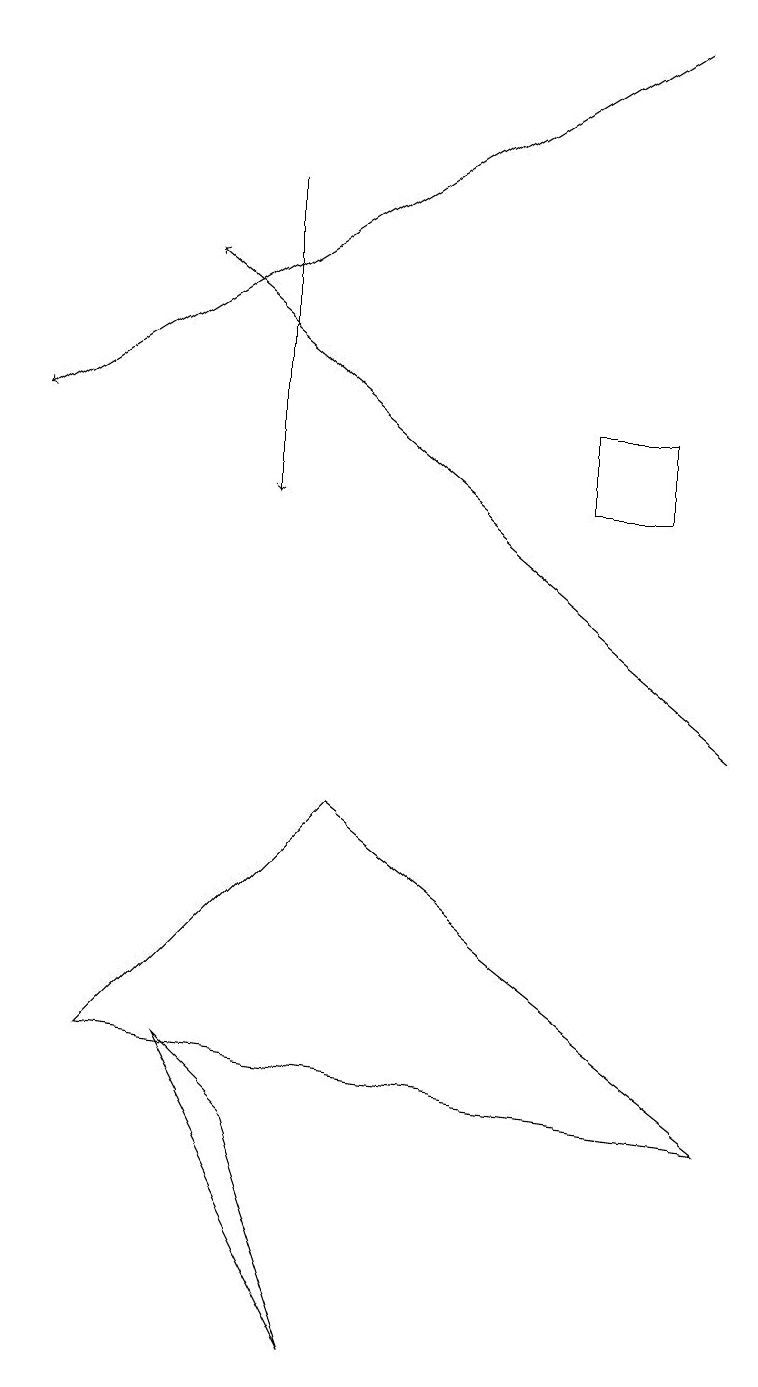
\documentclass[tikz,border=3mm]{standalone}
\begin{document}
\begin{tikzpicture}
\draw[->] (9,10) -- (2,16);
\draw (2,6) -- (3,5) -- (4,2) -- cycle;
\draw (4,9) -- (9,5) -- (1,6) -- cycle;
\draw[->] (3,17) -- (3,13);
\draw (7,14) rectangle (8,13);
\draw[->] (8,19) -- (0,14);
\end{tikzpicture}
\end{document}